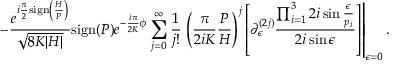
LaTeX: - \frac { e ^ { i \frac { \pi } { 2 } \mathrm { s i g n } \left( \frac { H } { P } \right) } } { \sqrt { 8 K | H | } } \mathrm { s i g n } ( P ) e ^ { - \frac { i \pi } { 2 K } \phi } \sum _ { j = 0 } ^ { \infty } \frac { 1 } { j ! } \left. \left( \frac { \pi } { 2 i K } \frac { P } { H } \right) ^ { j } \left[ \partial _ { \epsilon } ^ { ( 2 j ) } \frac { \prod _ { i = 1 } ^ { 3 } 2 i \sin \frac { \epsilon } { p _ { i } } } { 2 i \sin \epsilon } \right] \right| _ { \epsilon = 0 } .